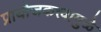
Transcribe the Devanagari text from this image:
प्रायोजकत्त्वामुळे